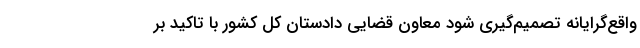
واقع‌گرایانه تصمیم‌گیری شود معاون قضایی دادستان کل کشور با تاکید بر